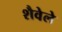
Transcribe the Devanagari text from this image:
शैवेले